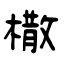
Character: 橵